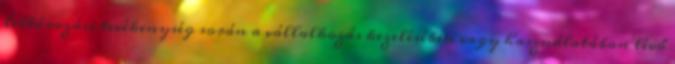
leltározási tevékenység során a vállalkozás kezelésében vagy használatában lévő